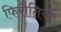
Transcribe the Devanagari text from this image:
फिरौतियों